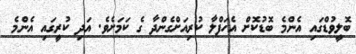
ބޮލީވުޑްގައި އެންމެ ބޮޑުކޮށް އެހަފްލާ ކުރިއަށްގެންދާ ގެ ކަމަށެވެ. އަދި ކުރީގައި އެންމެ